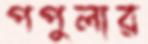
পপুলার